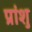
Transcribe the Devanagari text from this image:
प्रांशु